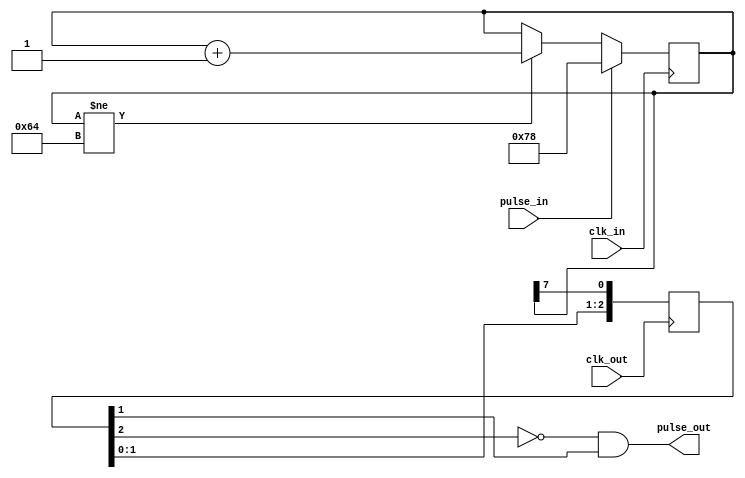
/**
 * ------------------------------------------------------------
 * Copyright (c) SILAB , Physics Institute of Bonn University 
 * ------------------------------------------------------------
 *
 * SVN revision information:
 *  $Rev:: 33                    $:
 *  $Author:: themperek          $: 
 *  $Date:: 2013-09-12 03:06:48 #$:
 */
 

module cdc_pulse_sync_cnt (input clk_in, input pulse_in, input clk_out, output pulse_out);

    reg [7:0] sync_cnt;
    always@(posedge clk_in) begin
        if(pulse_in)
            sync_cnt <= 120;
        else if(sync_cnt != 100)
            sync_cnt <= sync_cnt +1;
    end 

    reg [2:0] sync;
    always @(posedge clk_out) begin
        sync[0] <= sync_cnt[7];
        sync[1] <= sync[0];
        sync[2] <= sync[1];
    end

    wire RST_SYNC;
    assign pulse_out = !sync[2] && sync[1];

endmodule